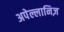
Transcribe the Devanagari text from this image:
अपेल्लानिज़